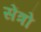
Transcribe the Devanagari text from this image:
सेंत्रो